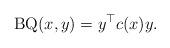
LaTeX: \begin{align*} {\rm BQ}(x,y) = y^\top c(x) y.\end{align*}